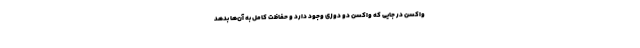
واکسن در جایی که واکسن دو دوزی وجود دارد و حفاظت کامل به آن‌ها بدهد